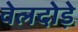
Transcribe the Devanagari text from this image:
वेलदोड़े